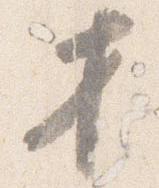
才